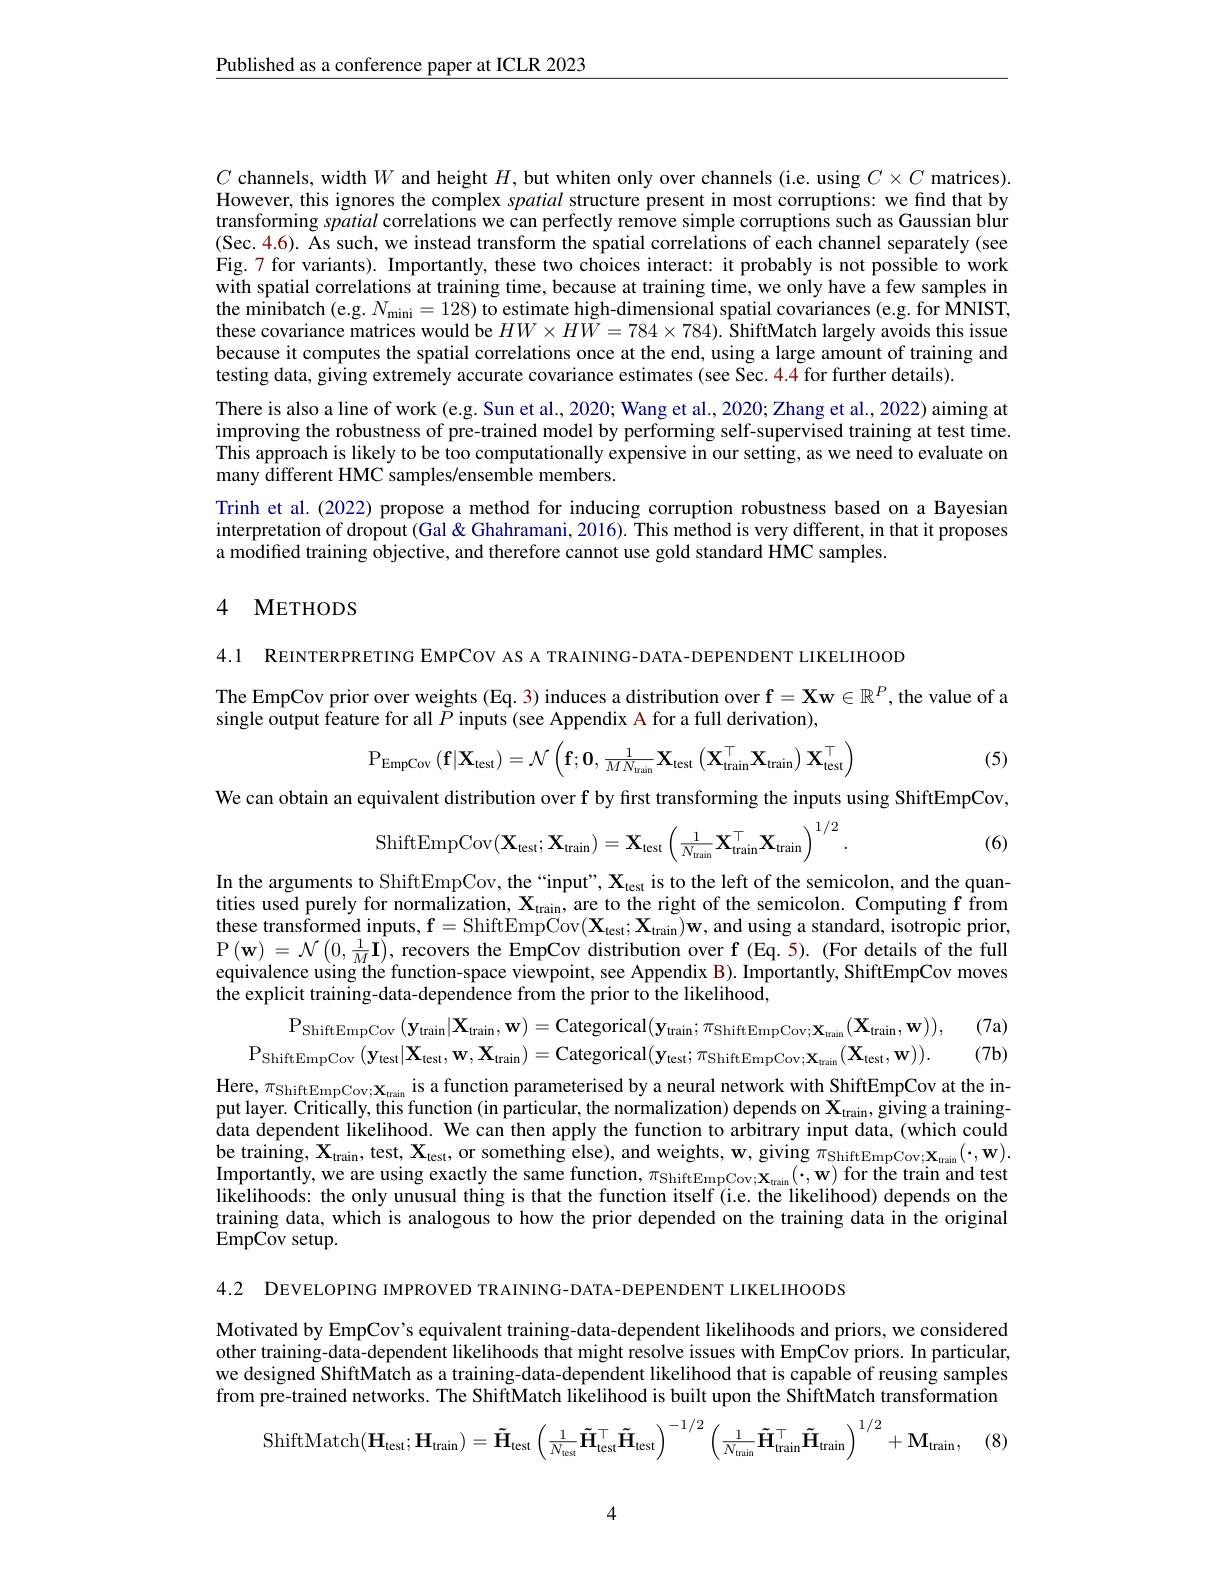
$\underline{\text{Published as a conference paper at ICLR 2023}}$

$C$ channels, width $W$ and height $H$, but whiten only over channels (i.e. using $C\times C$ matrices). However, this ignores the complex spatial structure present in most corruptions: we find that by transforming spatial correlations we can perfectly remove simple corruptions such as Gaussian blur (Sec.4.6). As such, we instead transform the spatial correlations of each channel separately(see Fig.7 for variants). Importantly, these two choices interact: it probably is not possible to work with spatial correlations at training time, because at training time, we only have a few samples in $\hat{\text{the minibatch (e.g. }N_{\mathrm{mini}}=128)\text{ to estimate high-dimensional spatial covariances(e.g.for MNIST,}}$ these covariance matrices would be $HW\times H\tilde{W}=784\times784).\tilde{\text{ShiftMatch largely avoids this issue}}$ because it computes the spatial correlations once at the end, using a large amount of training and testing data, giving extremely accurate covariance estimates (see Sec. 4.4 for further details).
There is also a line of work (e.g. Sun et al., 2020; Wang et al., 2020; Zhang et al., 2022) aiming at $\begin{array}{c}\mathrm{improving~the~robustness~of~pre-trained~model~by~performing~self-supervised~training~at~test~time.}\\\mathrm{improving~the~robustness~of~pre-trained~model~by~performing~self-supervised~training~at~test~thme.}\end{array}$ This approach is likely to be too computationally expensive in our setting, as we need to evaluate on many different HMC samples/ensemble members.
Trinh et al.(2022) propose a method for inducing corruption robustness based on a Bayesian interpretation of dropout (Gal& Ghahramani, 2016). This method is very different, in that it proposes a modified training objective, and therefore cannot use gold standard HMC samples.

### 4 METHODS

4.1 REINTERPRETING EMPCOV AS A TRAINING-DATA-DEPENDENT LIKELIHOOD
The EmpCov prior over weights (Eq. 3) induces a distribution over f= Xw$\in R^P$, the value of a
single output feature for all $\tilde{P}$ inputs (see Appendix A for a full derivation),
$$\mathrm{P}_{\mathrm{EmpCov}}\left(\mathbf{f}|\mathbf{X}_{\mathrm{test}}\right)=\mathcal{N}\left(\mathbf{f};\mathbf{0},\frac{1}{MN_{\mathrm{train}}}\mathbf{X}_{\mathrm{test}}\left(\mathbf{X}_{\mathrm{train}}^{\top}\mathbf{X}_{\mathrm{train}}\right)\mathbf{X}_{\mathrm{test}}^{\top}\right)$$
(5)

We can obtain an equivalent distribution over f by first transforming the inputs using ShiftEmpCov,
$$\text{ShiftEmpCov}(\mathbf{X}_{\text{test}};\mathbf{X}_{\text{train}})=\mathbf{X}_{\text{test}}\left(\frac{1}{N_{\text{train}}}\mathbf{X}_{\text{train}}^{\top}\mathbf{X}_{\text{train}}\right)^{1/2}.$$
(6)

In the arguments to ShiftEmpCov, the “input”, X$_\mathrm{test}$ is to the left of the semicolon, and the quantities used purely for normalization, $\mathbf{X}_{\mathrm{train}}$, are to the right of the semicolon. Computing f from these transformed inputs, $\mathbf{f}=$ShiftEmpCov$( \mathbf{X} _{\mathrm{test}}; \mathbf{X} _{\mathrm{train}}) \mathbf{w} $,and using a standard, isotropic prior, $\mathcal{P}(\mathbf{w})=\mathcal{N}\left(0,\frac1M\mathbf{I}\right)$,recovers the EmpCov distribution over f (Eq.5). (For details of the full equivalence using the function-space viewpoint, see Appendix B). Importantly, ShiffEmpCov moves the explicit training-data-dependence from the prior to the likelihood,

(7a)
(7b)
$$\mathrm{P}_{\mathrm{ShiftEmpCov}}\left(\mathbf{y}_{\mathrm{train}}|\mathbf{X}_{\mathrm{train}},\mathbf{w}\right)=\mathrm{Categorical}(\mathbf{y}_{\mathrm{train}};\pi_{\mathrm{ShiftEmpCov};\mathbf{X}_{\mathrm{train}}}(\mathbf{X}_{\mathrm{train}},\mathbf{w})),\\\mathrm{P}_{\mathrm{ShiftEmpCov}}\left(\mathbf{y}_{\mathrm{test}}|\mathbf{X}_{\mathrm{test}},\mathbf{w},\mathbf{X}_{\mathrm{train}}\right)=\mathrm{Categorical}(\mathbf{y}_{\mathrm{test}};\pi_{\mathrm{ShiftEmpCov};\mathbf{X}_{\mathrm{train}}}(\mathbf{X}_{\mathrm{test}},\mathbf{w})).$$
Here, $\pi_{\mathrm{ShiftEmpCov;X}_{\mathrm{train}}}$ is a function parameterised by a neural network with ShiftEmpCov at the input layer. Critically, this function (in particular, the normalization) depends on $\mathbf{X}_{\mathrm{train}},\hat{\text{giving a training-}}$ data dependent likelihood. We can then apply the function to arbitrary input data, (which could be training, $\mathbf{X}_{\mathrm{train}}$, test, $\mathbf{X}_{\mathrm{test}}$, or something else), and weights, w, giving $\pi _{\mathrm{ShiftEmpCov}; \mathbf{X} _{\mathrm{train}}}( \cdot , \mathbf{w} ) .$ Importantly, we are using exactly the same function, $\pi _{\mathrm{ShiftEmpCov; }}\mathbf{x} _{\mathrm{teain}}( \cdot , \mathbf{w} )$ for the train and test Importantly, we are using exactly the same function, $\pi _{\mathrm{ShiftEmpCov; }}\mathbf{x} _{\mathrm{teain}}( \cdot , \mathbf{w} ) $for the train and test likelihoods: the only unusual thing is that the function itself (i.e. the likelihood) depends on the training data, which is analogous to how the prior depended on the training data in the original EmpCov setup.

4.2 DEVELOPING IMPROVED TRAINING-DATA-DEPENDENT LIKELIHOODS

Motivated by EmpCov's equivalent training-data-dependent likelihoods and priors, we considered other training-data-dependent likelihoods that might resolve issues with EmpCov priors. In particular, we designed ShiftMatch as a training-data-dependent likelihood that is capable of reusing samples from pre-trained networks. The ShiftMatch likelihood is built upon the ShiftMatch transformation
$$\mathrm{ShiftMatch}(\mathbf{H}_{\mathrm{test}};\mathbf{H}_{\mathrm{train}})=\mathbf{\tilde{H}}_{\mathrm{test}}\left(\frac{1}{N_{\mathrm{test}}}\mathbf{\tilde{H}}_{\mathrm{test}}^{\top}\mathbf{\tilde{H}}_{\mathrm{test}}\right)^{-1/2}\left(\frac{1}{N_{\mathrm{train}}}\mathbf{\tilde{H}}_{\mathrm{train}}^{\top}\mathbf{\tilde{H}}_{\mathrm{train}}\right)^{1/2}+\mathbf{M}_{\mathrm{train}},$$
4